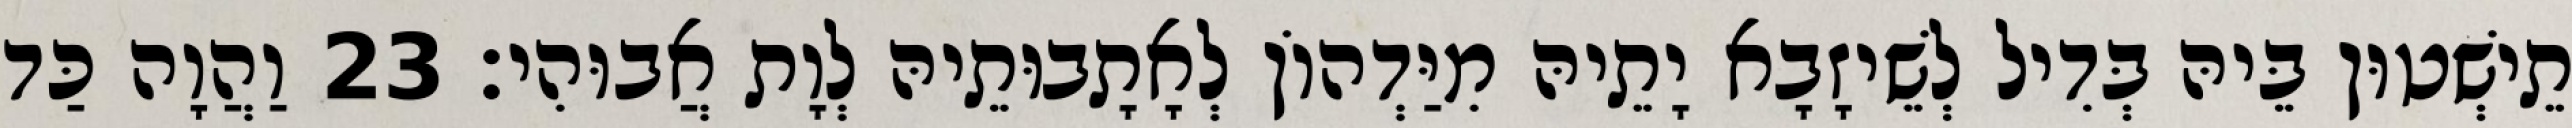
תֵישְׁטוּן בֵּיהּ בְּדִיל לְשֵׁיזָבָא יָתֵיהּ מִיַּדְהוֹן לְאָתָבוּתֵיהּ לְוָת אֲבוּהִי׃ 23 וַהֲוָה כַּד